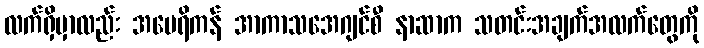
လက်ရှိမှာလည်း အမေရိကန် အာကာသအေဂျင်စီ နာဆာက သတင်းအချက်အလက်တွေကို